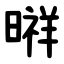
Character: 㬕